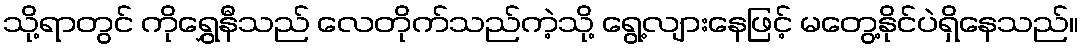
သို့ရာတွင် ကိုရွှေနီသည် လေတိုက်သည်ကဲ့သို့ ရွေ့လျားနေဖြင့် မတွေ့နိုင်ပဲရှိနေသည်။